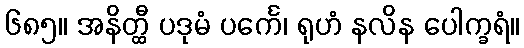
၆၈၅။ အနိတ္ထီ ပဒုမံ ပင်္ကေ၊ ရုဟံ နလိန ပေါက္ခရံ။